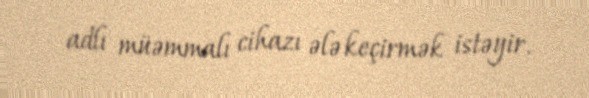
adlı müəmmalı cihazı ələ keçirmək istəyir.